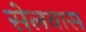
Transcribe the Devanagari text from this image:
सेलवास